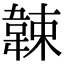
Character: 𩎯